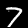
Label: 7